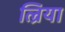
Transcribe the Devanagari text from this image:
ल्रिया